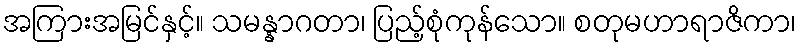
အကြားအမြင်နှင့်။ သမန္နာဂတာ၊ ပြည့်စုံကုန်သော။ စတုမဟာရာဇိကာ၊